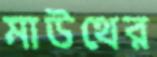
মাউথের